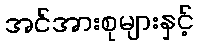
အင်အားစုများနှင့်